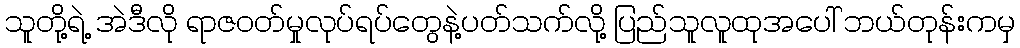
သူတို့ရဲ့ အဲဒီလို ရာဇဝတ်မှုလုပ်ရပ်တွေနဲ့ပတ်သက်လို့ ပြည်သူလူထုအပေါ် ဘယ်တုန်းကမှ